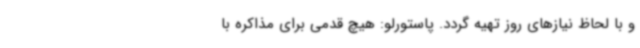
و با لحاظ نیازهای روز تهیه گردد. پاستورلو: هیچ قدمی برای مذاکره با